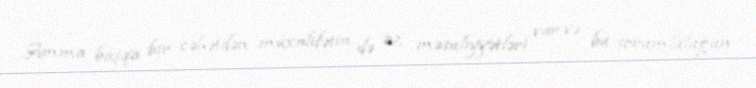
Amma başqa bir cəhətdən müxalifətin də öz məsuliyyətləri var və bu sorumluluğun